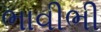
ભાવીભી